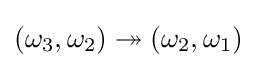
(\omega _{3},\omega _{2})\twoheadrightarrow (\omega _{2},\omega _{1})